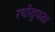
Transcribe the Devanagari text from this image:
रथोद्धता